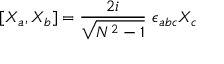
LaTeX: [ X _ { a } , X _ { b } ] = \frac { 2 i } { \sqrt { N ^ { 2 } - 1 } } \ \epsilon _ { a b c } X _ { c }